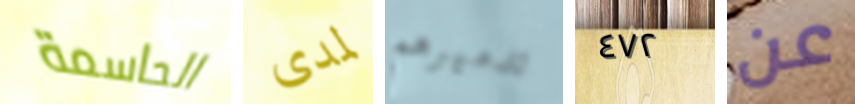
الحاسمة لمدى تدميرهم ٤٧٢ عن